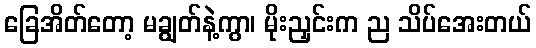
ခြေအိတ်တော့ မချွတ်နဲ့ကွာ၊ မိုးညှင်းက ည သိပ်အေးတယ်